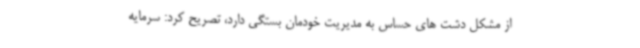
از مشکل دشت های حساس به مدیریت خودمان بستگی دارد، تصریح کرد: سرمایه